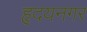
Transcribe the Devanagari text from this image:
हृदयनगर